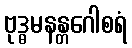
ဗုဒ္ဓမနန္တဂေါစရံ